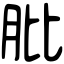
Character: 肶